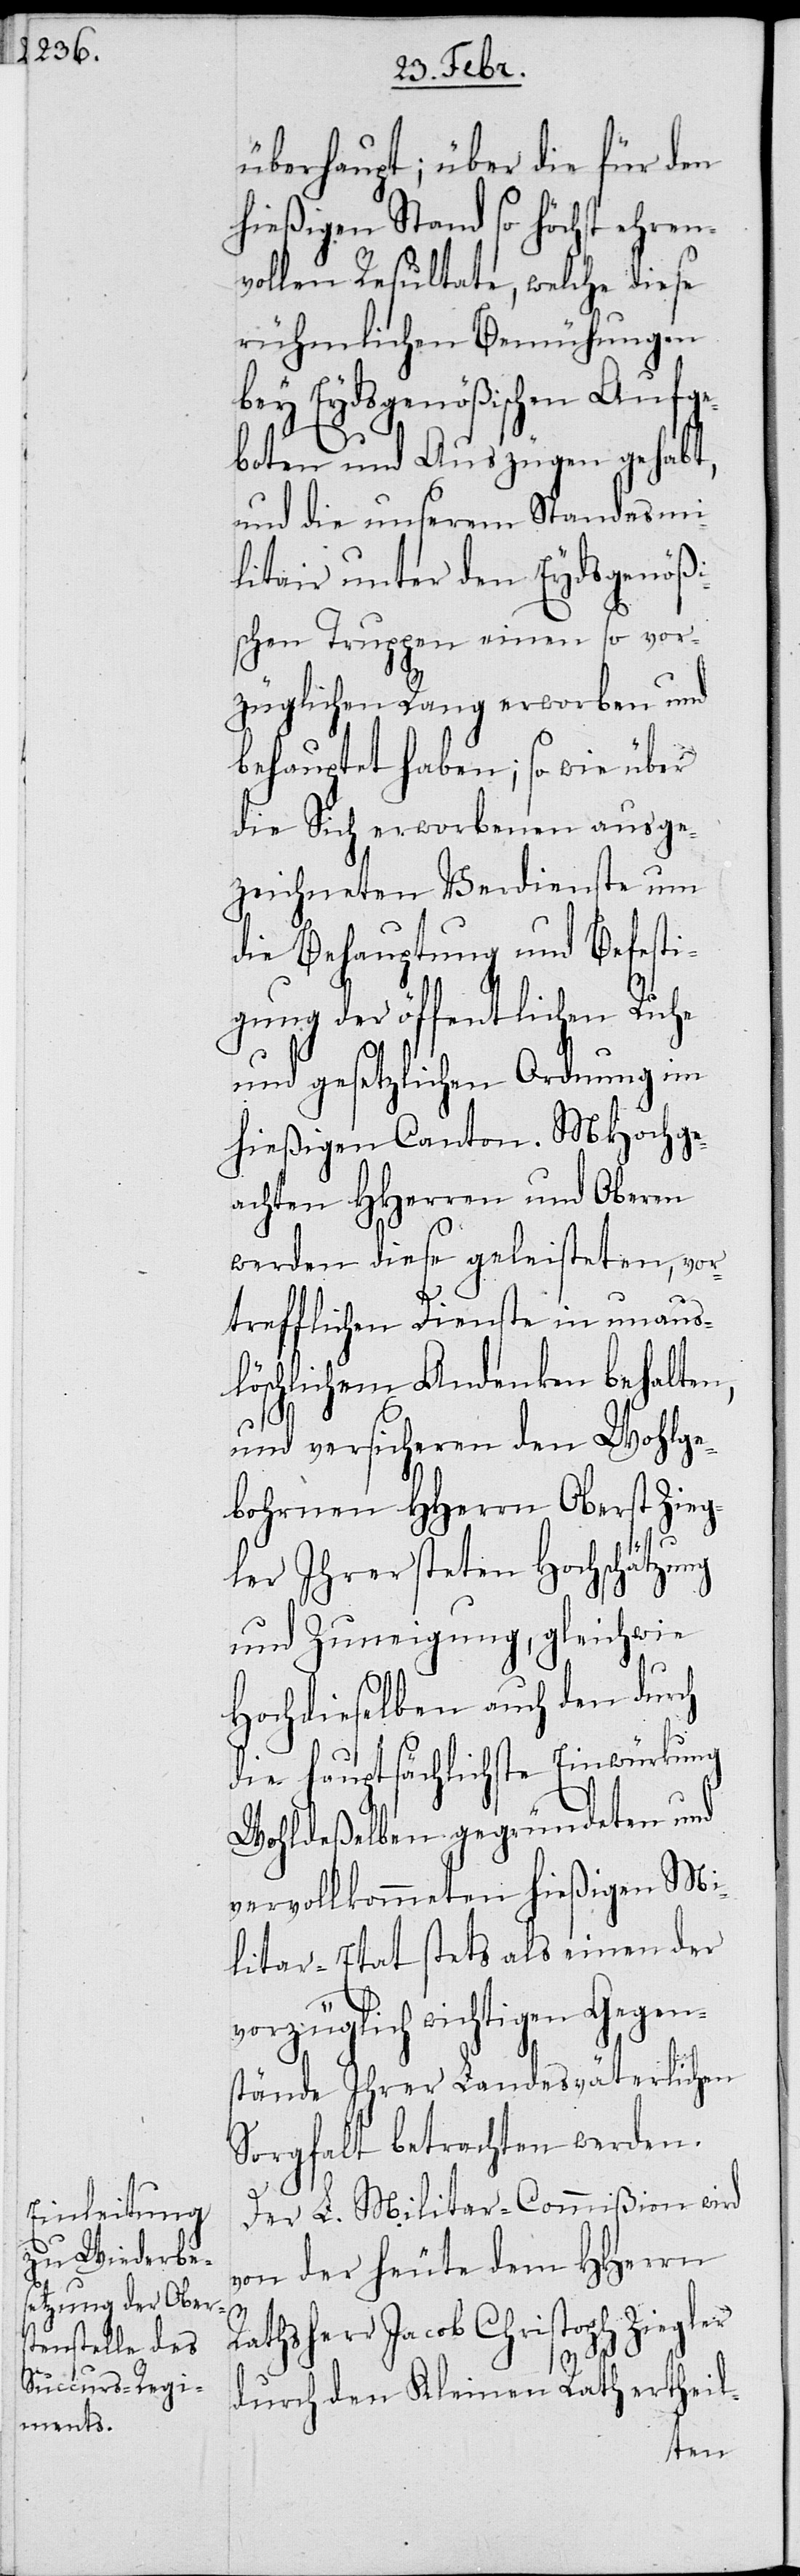
überhaupt; über die für den
hießigen Stand so höchst ehren¬
vollen Resultate, welche diese
rühmlichen Bemühungen
bey Eidsgnößischen Aufge¬
boten und Auszügen gehabt,
und die unserem Standesmi¬
litair unter den Eydsgenößi¬
schen Truppen einen so vor¬
züglichen Rang erworben und
behauptet haben; so wie über
die Sich erworbenen ausge¬
zeichneten Verdienste um
die Behauptung und Befesti¬
gung der öffentlichen Ruhe
und gesetzlichen Ordnung im
hießigen Canton. MHochge¬
achten HHerren und Oberen
werden diese geleisteten, vor¬
v¬
trefflichen Dienste in unaus¬
löschlichem Andenken behalten,
und versicheren den Wohlge¬
bohrnen HHerrn Oberst Zieg¬
ler Ihrer steten Hochschätzung
und Zuneigung, gleichwie
Hochdieselben auch den durch
die hauptsächlichste Einwirkung
Wohldeßelben gegründeten und
vervollkommeten hießigen Mi¬
litar-Etat stets als einen der
orzüglich wichtigen Gegen¬
stände ihrer Landesväterlichen
Sorgfalt betrachtet werden.
Der L. Militar-Commißion wird
von der heute dem HHerrn
Rathsherr Jacob Christoph Ziegler
durch den Kleinen Rath ertheil-